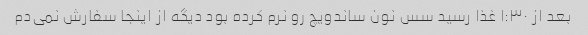
بعد از ١:٣٠ غذا رسید سس نون ساندویچ رو نرم کرده بود دیگه از اینجا سفارش نمی‌دم